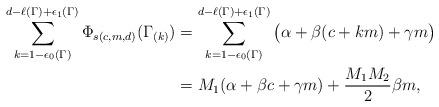
LaTeX: \begin{align*}\sum_{k=1-\epsilon_0(\Gamma)}^{d-\ell(\Gamma)+\epsilon_1(\Gamma)}\Phi_{s(c,m,d)}(\Gamma_{(k)}) & = \sum_{k=1-\epsilon_0(\Gamma)}^{d-\ell(\Gamma)+\epsilon_1(\Gamma)}\big(\alpha+\beta (c+ km) +\gamma m\big) \\ & = M_1(\alpha+\beta c+\gamma m)+\frac{M_1M_2}{2} \beta m, \end{align*}